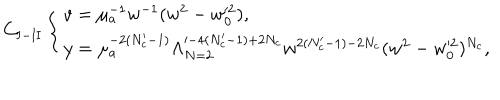
C _ { \mathrm { I - I I } } \left\{ \begin{array} { l } { { v = \mu _ { a } ^ { - 1 } w ^ { - 1 } ( w ^ { 2 } - w _ { 0 } ^ { \prime 2 } ) , } } \\ { { y = \mu _ { a } ^ { - 2 ( N _ { c } ^ { \prime } - 1 ) } \Lambda _ { N = 2 } ^ { \prime - 4 ( N _ { c } ^ { \prime } - 1 ) + 2 N _ { c } } w ^ { 2 ( N _ { c } ^ { \prime } - 1 ) - 2 N _ { c } } ( w ^ { 2 } - w _ { 0 } ^ { \prime 2 } ) ^ { N _ { c } } , } } \\ \end{array} \right.